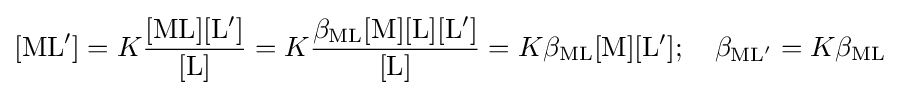
[\mathrm {ML} ']=K{\frac {[\mathrm {ML} ][\mathrm {L} ']}{[\mathrm {L} ]}}=K{\frac {\beta _{\mathrm {ML} }[\mathrm {M} ][\mathrm {L} ][\mathrm {L} ']}{[\mathrm {L} ]}}=K\beta _{\mathrm {ML} }[\mathrm {M} ][\mathrm {L} '];\quad \beta _{\mathrm {ML} '}=K\beta _{\mathrm {ML} }